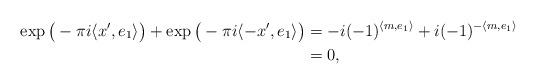
LaTeX: \begin{align*}\exp\big( - \pi i \langle x', e_1 \rangle \big) + \exp\big( - \pi i \langle - x', e_1 \rangle \big)& = -i (-1)^{\langle m, e_1\rangle} + i (-1)^{- \langle m, e_1 \rangle} \\ & = 0,\end{align*}